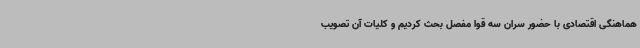
هماهنگی اقتصادی با حضور سران سه قوا مفصل بحث کردیم و کلیات آن تصویب